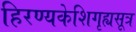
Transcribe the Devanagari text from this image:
हिरण्यकेशिगृह्यसूत्र